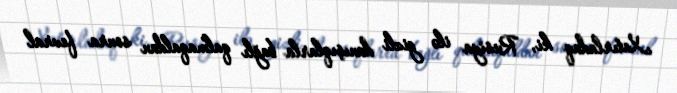
Xatırladaq ki, Rusiya ilə gizli danışıqlarla bağlı qalmaqaldan sonra fevral